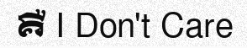
គឺ I Don't Care